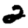
Digit: 2